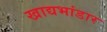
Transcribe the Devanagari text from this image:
खाद्यभांडार